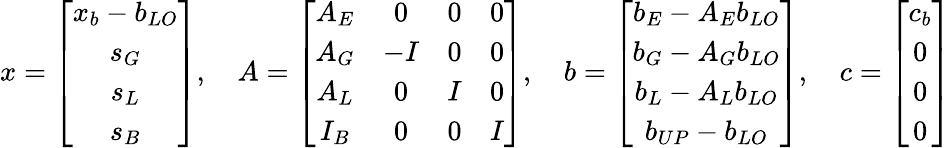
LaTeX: x=\left[\begin{array}{c}{x_{b}-b_{LO}}\\ {s_{G}}\\ {s_{L}}\\ {s_{B}}\end{array}\right],\quad A=\left[\begin{array}{cccc}{A_{E}}&{0}&{0}&{0}\\ {A_{G}}&{-I}&{0}&{0}\\ {A_{L}}&{0}&{I}&{0}\\ {I_{B}}&{0}&{0}&{I}\end{array}\right],\quad b=\left[\begin{array}{c}{b_{E}-A_{E}b_{LO}}\\ {b_{G}-A_{G}b_{LO}}\\ {b_{L}-A_{L}b_{LO}}\\ {b_{UP}-b_{LO}}\end{array}\right],\quad c=\left[\begin{array}{c}{c_{b}}\\ {0}\\ {0}\\ {0}\end{array}\right]